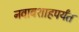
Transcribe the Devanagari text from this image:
नवाबशाहपर्यंत